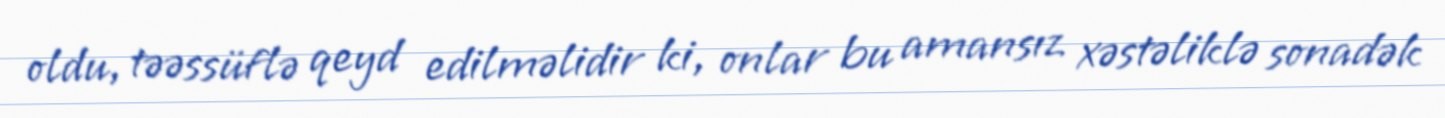
oldu, təəssüflə qeyd edilməlidir ki, onlar bu amansız xəstəliklə sonadək